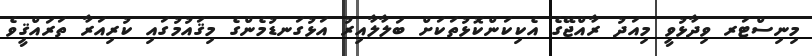
މިނިސްޓަރ ވިދާޅުވީ މިއަދު ރާއްޖޭގެ އެކިކަންކޮޅުތަކަށް ބަލާލާއިރު އަޅުގަނޑުމެންގެ މިޤައުމުގައި ކުރިއަރާ ތަރައްޤީވެ